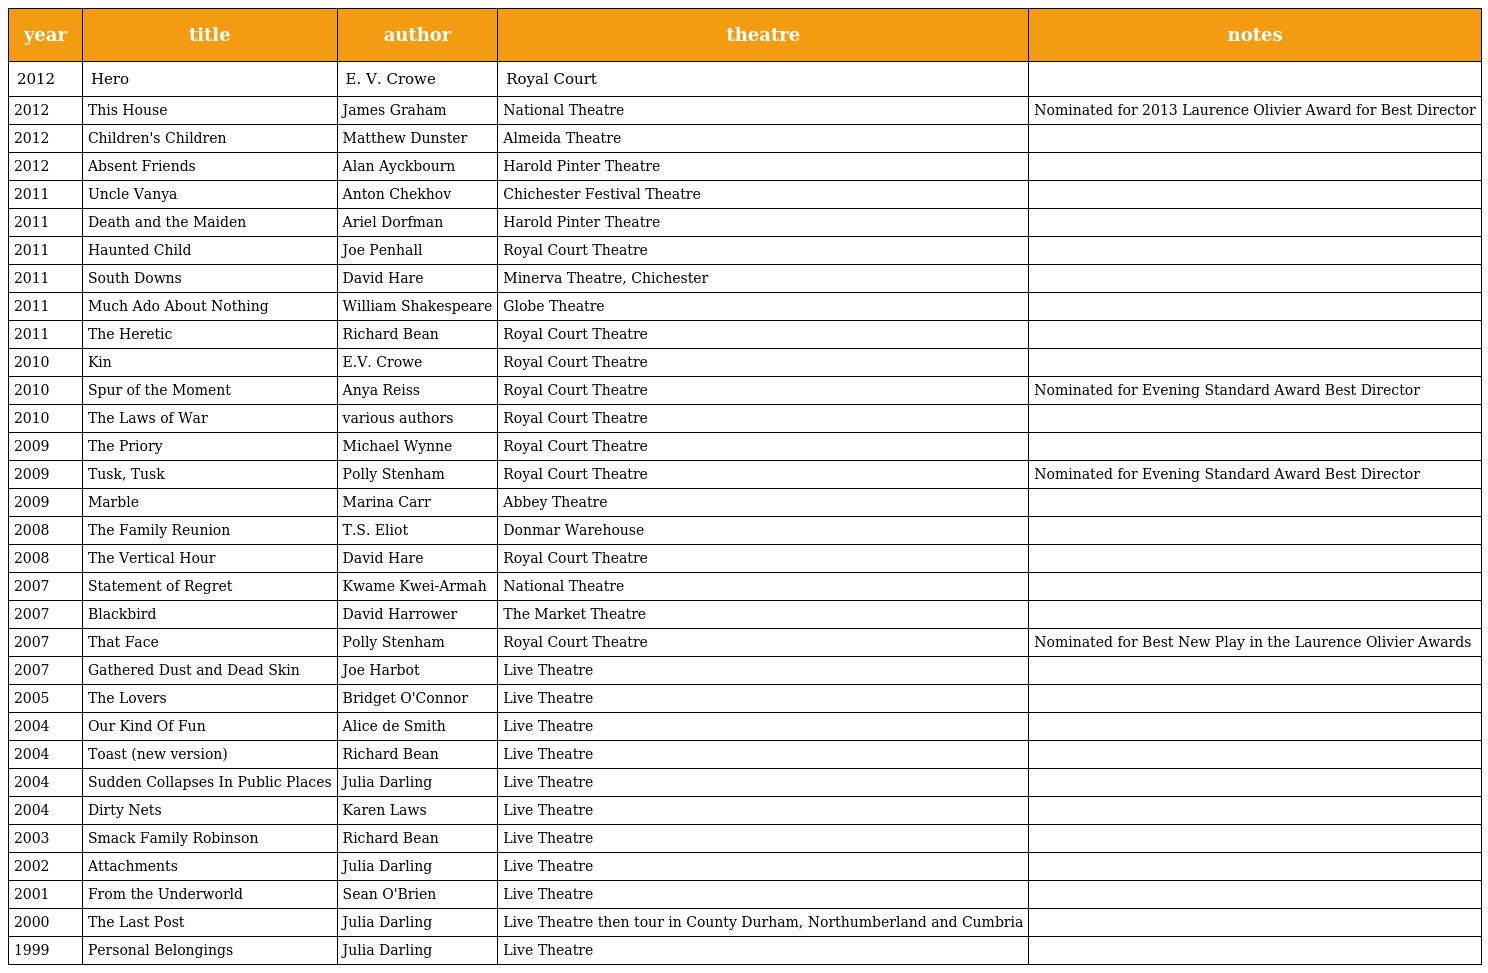
| year | title | author | theatre | notes |
 | --- | --- | --- | --- | --- |
 | 2012 | Hero | E. V. Crowe | Royal Court |  |
 | 2012 | This House | James Graham | National Theatre | Nominated for 2013 Laurence Olivier Award for Best Director |
 | 2012 | Children's Children | Matthew Dunster | Almeida Theatre |  |
 | 2012 | Absent Friends | Alan Ayckbourn | Harold Pinter Theatre |  |
 | 2011 | Uncle Vanya | Anton Chekhov | Chichester Festival Theatre |  |
 | 2011 | Death and the Maiden | Ariel Dorfman | Harold Pinter Theatre |  |
 | 2011 | Haunted Child | Joe Penhall | Royal Court Theatre |  |
 | 2011 | South Downs | David Hare | Minerva Theatre, Chichester |  |
 | 2011 | Much Ado About Nothing | William Shakespeare | Globe Theatre |  |
 | 2011 | The Heretic | Richard Bean | Royal Court Theatre |  |
 | 2010 | Kin | E.V. Crowe | Royal Court Theatre |  |
 | 2010 | Spur of the Moment | Anya Reiss | Royal Court Theatre | Nominated for Evening Standard Award Best Director |
 | 2010 | The Laws of War | various authors | Royal Court Theatre |  |
 | 2009 | The Priory | Michael Wynne | Royal Court Theatre |  |
 | 2009 | Tusk, Tusk | Polly Stenham | Royal Court Theatre | Nominated for Evening Standard Award Best Director |
 | 2009 | Marble | Marina Carr | Abbey Theatre |  |
 | 2008 | The Family Reunion | T.S. Eliot | Donmar Warehouse |  |
 | 2008 | The Vertical Hour | David Hare | Royal Court Theatre |  |
 | 2007 | Statement of Regret | Kwame Kwei-Armah | National Theatre |  |
 | 2007 | Blackbird | David Harrower | The Market Theatre |  |
 | 2007 | That Face | Polly Stenham | Royal Court Theatre | Nominated for Best New Play in the Laurence Olivier Awards |
 | 2007 | Gathered Dust and Dead Skin | Joe Harbot | Live Theatre |  |
 | 2005 | The Lovers | Bridget O'Connor | Live Theatre |  |
 | 2004 | Our Kind Of Fun | Alice de Smith | Live Theatre |  |
 | 2004 | Toast (new version) | Richard Bean | Live Theatre |  |
 | 2004 | Sudden Collapses In Public Places | Julia Darling | Live Theatre |  |
 | 2004 | Dirty Nets | Karen Laws | Live Theatre |  |
 | 2003 | Smack Family Robinson | Richard Bean | Live Theatre |  |
 | 2002 | Attachments | Julia Darling | Live Theatre |  |
 | 2001 | From the Underworld | Sean O'Brien | Live Theatre |  |
 | 2000 | The Last Post | Julia Darling | Live Theatre then tour in County Durham, Northumberland and Cumbria |  |
 | 1999 | Personal Belongings | Julia Darling | Live Theatre |  |